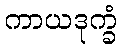
ကာယဒုက္ခံ